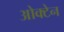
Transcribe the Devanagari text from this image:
ओक्टेन